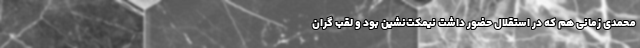
‌محمدی زمانی هم که در استقلال حضور داشت نیمکت‌نشین بود و لقب گران